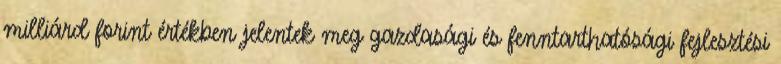
milliárd forint értékben jelentek meg gazdasági és fenntarthatósági fejlesztési